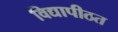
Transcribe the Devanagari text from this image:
विद्यापीठत